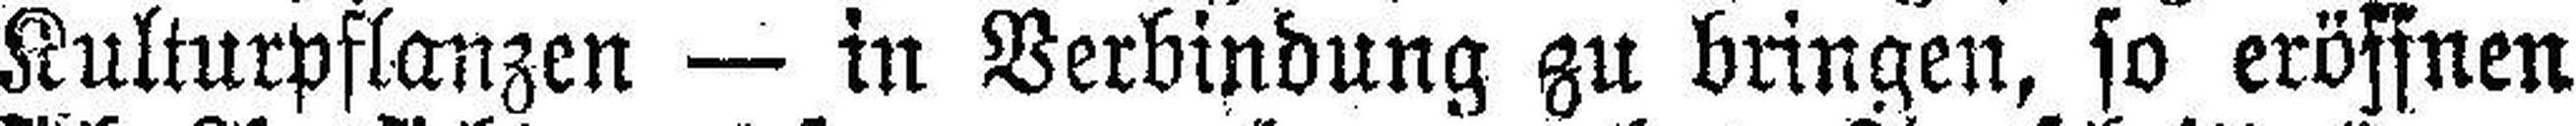
Kulturpflanzen — in Verbindung zu bringen, so eröffnen